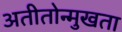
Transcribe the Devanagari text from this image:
अतीतोन्मुखता